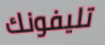
تليفونك